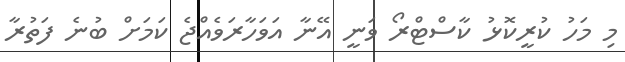
މި މަހު ކުރީކޮޅު ކާސްޓްރޯ ވަނީ އޭނާ އަވަހާރަވެއްޖެ ކަމަށް ބުނެ ފަތުރާ